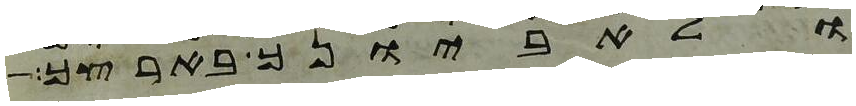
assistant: ולאביונך בארצך